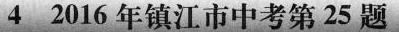
4 2016年镇江市中考第25题